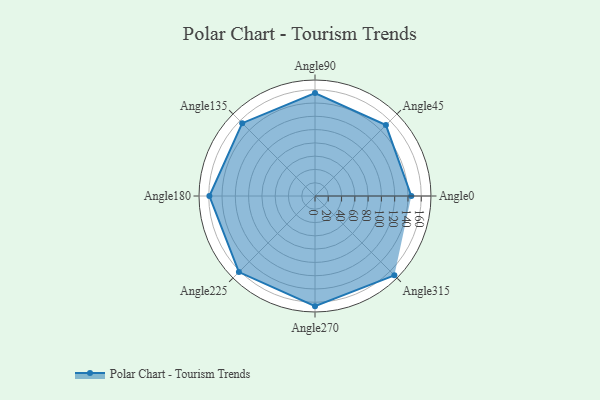
{"axis": {"x": "Angle", "y": "Radius"}, "legend": [""], "data": [{"x": "Angle0", "y": 145.0, "type": ""}, {"x": "Angle45", "y": 151.0, "type": ""}, {"x": "Angle90", "y": 155.0, "type": ""}, {"x": "Angle135", "y": 155.0, "type": ""}, {"x": "Angle180", "y": 159.0, "type": ""}, {"x": "Angle225", "y": 162.0, "type": ""}, {"x": "Angle270", "y": 166.0, "type": ""}, {"x": "Angle315", "y": 169.0, "type": ""}]}